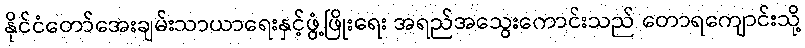
နိုင်ငံတော်အေးချမ်းသာယာရေးနှင့်ဖွံ့ဖြိုးရေး အရည်အသွေးကောင်းသည် တောရကျောင်းသို့